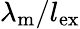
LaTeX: \lambda_{\mathrm{m}}/l_{\mathrm{ex}}